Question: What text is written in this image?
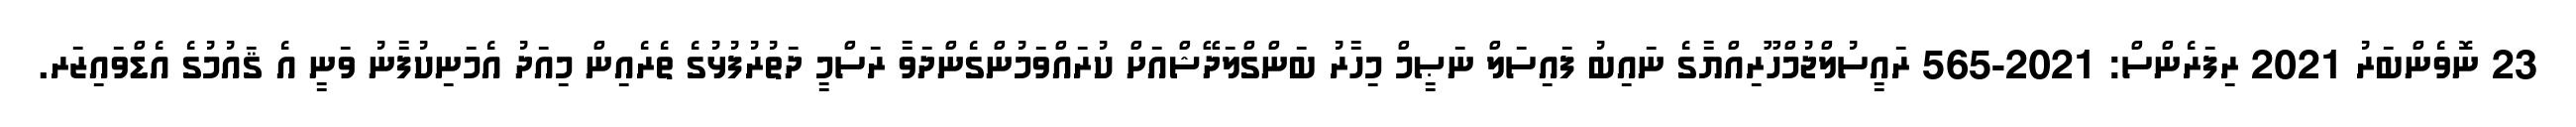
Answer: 23 ނޮވެންބަރު 2021 ރިފަރެންސް: 2021-565 ރައީސުލްޖުމްހޫރިއްޔާގެ ނައިބު ފައިސަލް ނަޞީމް މިހާރު ބަންގްލަދޭޝްއަށް ކުރައްވަމުންގެންދަވާ ރަސްމީ ދަތުރުފުޅުގެ ތެރެއިން މިއަދު އެމަނިކުފާނު ވަނީ އެ ޤައުމުގެ އެޑްވައިޒަރ.